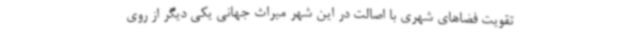
تقویت فضاهای شهری با اصالت در این شهر میراث جهانی یکی دیگر از روی